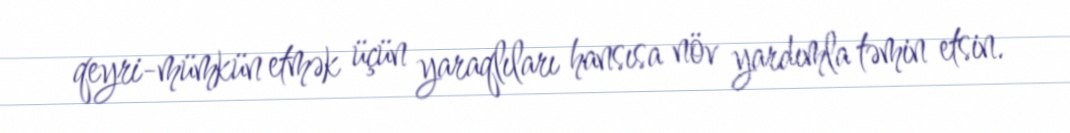
qeyri-mümkün etmək üçün yaraqlıları hansısa növ yardımla təmin etsin.